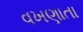
વખણાતા